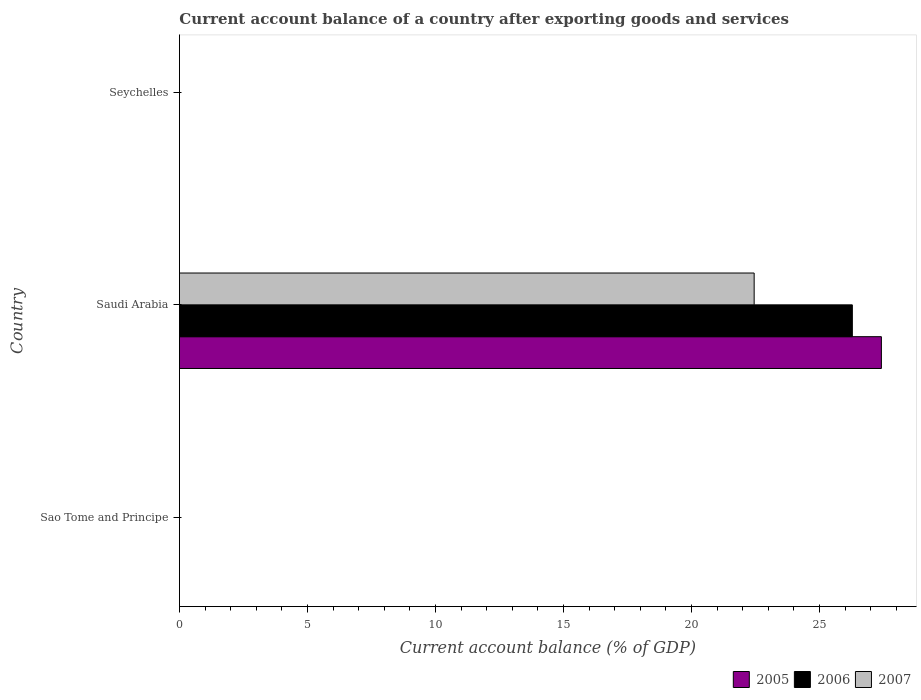
| Country | 2005 | 2006 | 2007 |
 | --- | --- | --- | --- |
 | Sao Tome and Principe | -28.7 | -42.9 | -44.1 |
 | Saudi Arabia | 27.4 | 26.3 | 22.4 |
 | Seychelles | -18.9 | -13.2 | -18.8 |